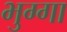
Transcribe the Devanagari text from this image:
भुग्गा